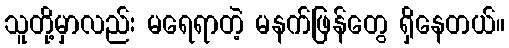
သူတို့မှာလည်း မရေရာတဲ့ မနက်ဖြန်တွေ ရှိနေတယ်။